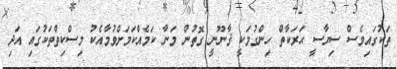
ތަކުގައިވެސް ސިޔާސީ ޙަރަކާތް ހިންގުމަކީ ޤާނޫނީ ގޮތުން މަނާ ކަމެއްކަމަށްވުމާއެކު މިސްކިތްތަކުގައި އަދި